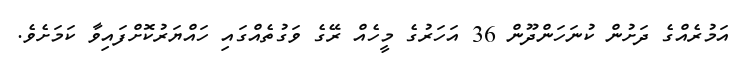
އަމުރެއްގެ ދަށުން ކުނަހަންދޫން 36 އަހަރުގެ މީހެއް ރޭގެ ވަގުތެއްގައި ހައްޔަރުކޮށްފައިވާ ކަމަށެވެ.